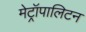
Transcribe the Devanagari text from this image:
मेट्रॉपालिटन